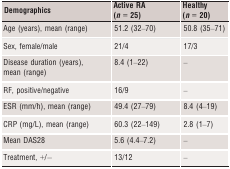
<table><thead><tr><td><b>Demographics</b></td><td><b>Active RA (<i>n</i> = 25)</b></td><td><b>Healthy (<i>n</i> = 20)</b></td></tr></thead><tbody><tr><td>Age (years), mean (range)</td><td>51.2 (32–70)</td><td>50.8 (35–71)</td></tr><tr><td>Sex, female/male</td><td>21/4</td><td>17/3</td></tr><tr><td>Disease duration (years), mean (range)</td><td>8.4 (1–22)</td><td>–</td></tr><tr><td>RF, positive/negative</td><td>16/9</td><td>–</td></tr><tr><td>ESR (mm/h), mean (range)</td><td>49.4 (27–79)</td><td>8.4 (4–19)</td></tr><tr><td>CRP (mg/L), mean (range)</td><td>60.3 (22–149)</td><td>2.8 (1–7)</td></tr><tr><td>Mean DAS28</td><td>5.6 (4.4–7.2)</td><td>–</td></tr><tr><td>Treatment, +/−</td><td>13/12</td><td>–</td></tr></tbody></table>